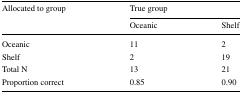
<table><thead><tr><td rowspan="2"><b>Allocated to group</b></td><td colspan="2"><b>True group</b></td></tr><tr><td><b>Oceanic</b></td><td><b>Shelf</b></td></tr></thead><tbody><tr><td>Oceanic</td><td>11</td><td>2</td></tr><tr><td>Shelf</td><td>2</td><td>19</td></tr><tr><td>Total N</td><td>13</td><td>21</td></tr><tr><td>Proportion correct</td><td>0.85</td><td>0.90</td></tr></tbody></table>